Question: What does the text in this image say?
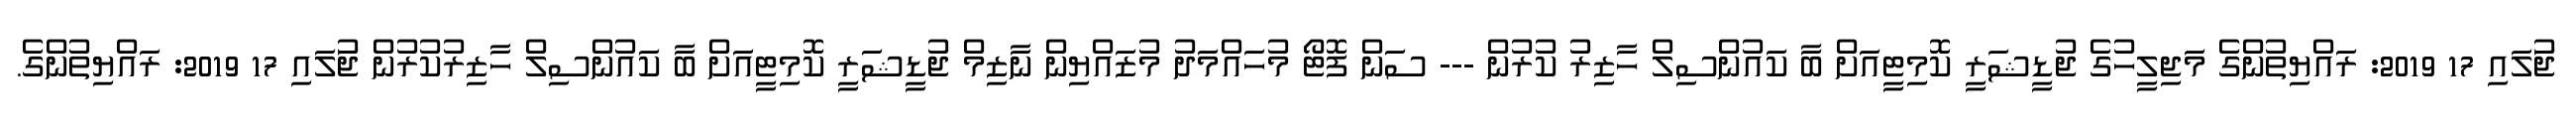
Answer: ޖުަލައި 17 2019: ރައްޔިތުންގެ މަޖިލީހުގެ ޖުޑީޝަރީ ކޮމިޓީއަށް ބާ ކައުންސިލް ހާޒިރު ކުރުން --- ސަން ފޮޓޯ މުހައްމަދު މުޒައްޔިން ނާޒިމް ޖުޑީޝަރީ ކޮމިޓީއަށް ބާ ކައުންސިލް ހާޒިރުކުރުން ޖުަލައި 17 2019: ރައްޔިތުންގެ.